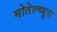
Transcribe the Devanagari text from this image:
मोतेल्च्यूस